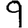
Digit: 9